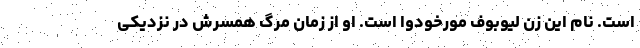
است. نام این زن لیوبوف مورخودوا است. او از زمان مرگ همسرش در نزدیکی